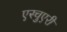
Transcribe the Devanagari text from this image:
एस्चुएरी